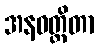
အနဝတ္ထိတာ